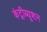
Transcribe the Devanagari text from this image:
कंट्रीब्यूशन